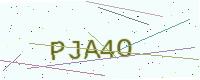
Text: PJA4O